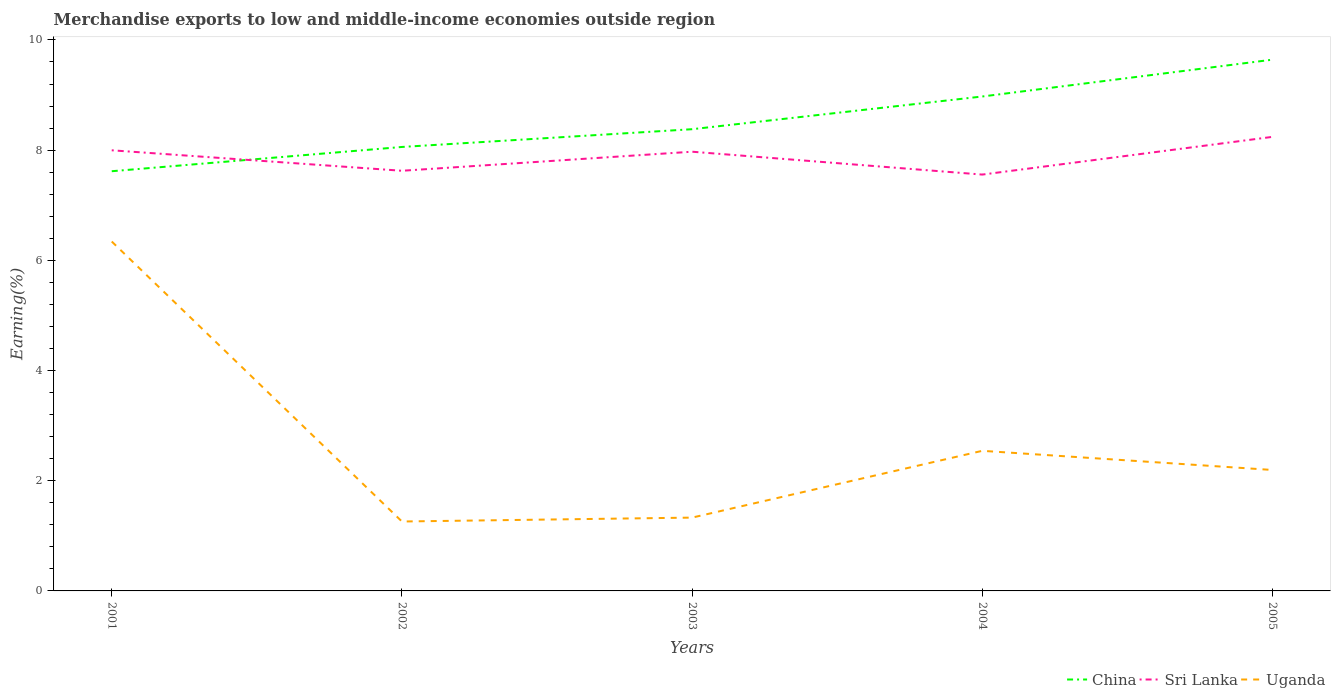
| Years | China | Sri Lanka | Uganda |
 | --- | --- | --- | --- |
 | 2001 | 7.62 | 8 | 6.34 |
 | 2002 | 8.06 | 7.63 | 1.26 |
 | 2003 | 8.38 | 7.97 | 1.33 |
 | 2004 | 8.97 | 7.56 | 2.54 |
 | 2005 | 9.64 | 8.24 | 2.2 |